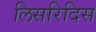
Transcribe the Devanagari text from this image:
लिसरिदिस